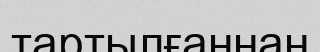
тартылғаннан